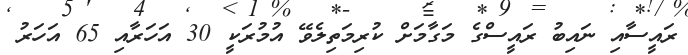
ރައީސާއި ނައިބު ރައީސްގެ މަގާމަށް ކުރިމަތިލެވޭ އުމުރަކީ 30 އަހަރާއި 65 އަހަރު